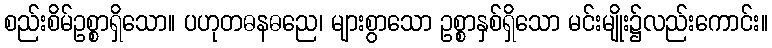
စည်းစိမ်ဥစ္စာရှိသော။ ပဟုတဓနဓညေ၊ များစွာသော ဥစ္စာနှစ်ရှိသော မင်းမျိုး၌လည်းကောင်း။